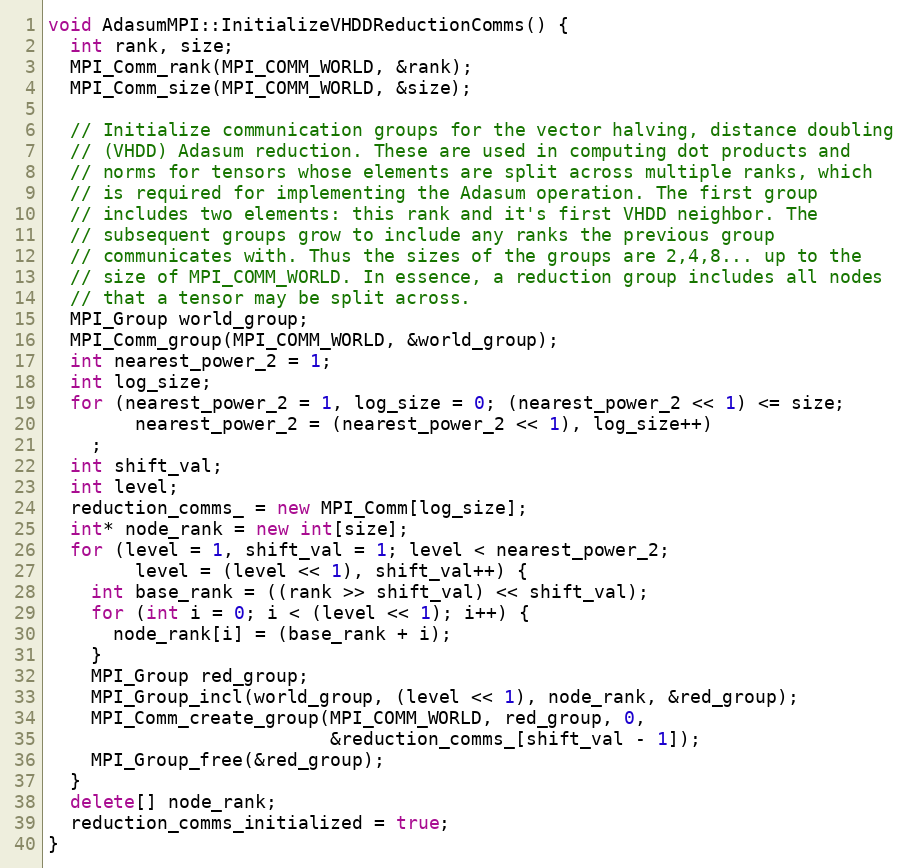
Language: C++
void AdasumMPI::InitializeVHDDReductionComms() {
  int rank, size;
  MPI_Comm_rank(MPI_COMM_WORLD, &rank);
  MPI_Comm_size(MPI_COMM_WORLD, &size);

  // Initialize communication groups for the vector halving, distance doubling
  // (VHDD) Adasum reduction. These are used in computing dot products and
  // norms for tensors whose elements are split across multiple ranks, which
  // is required for implementing the Adasum operation. The first group
  // includes two elements: this rank and it's first VHDD neighbor. The
  // subsequent groups grow to include any ranks the previous group
  // communicates with. Thus the sizes of the groups are 2,4,8... up to the
  // size of MPI_COMM_WORLD. In essence, a reduction group includes all nodes
  // that a tensor may be split across.
  MPI_Group world_group;
  MPI_Comm_group(MPI_COMM_WORLD, &world_group);
  int nearest_power_2 = 1;
  int log_size;
  for (nearest_power_2 = 1, log_size = 0; (nearest_power_2 << 1) <= size;
        nearest_power_2 = (nearest_power_2 << 1), log_size++)
    ;
  int shift_val;
  int level;
  reduction_comms_ = new MPI_Comm[log_size];
  int* node_rank = new int[size];
  for (level = 1, shift_val = 1; level < nearest_power_2;
        level = (level << 1), shift_val++) {
    int base_rank = ((rank >> shift_val) << shift_val);
    for (int i = 0; i < (level << 1); i++) {
      node_rank[i] = (base_rank + i);
    }
    MPI_Group red_group;
    MPI_Group_incl(world_group, (level << 1), node_rank, &red_group);
    MPI_Comm_create_group(MPI_COMM_WORLD, red_group, 0,
                          &reduction_comms_[shift_val - 1]);
    MPI_Group_free(&red_group);
  }
  delete[] node_rank;
  reduction_comms_initialized = true;
}